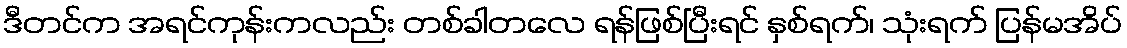
ဒီတင်က အရင်ကုန်းကလည်း တစ်ခါတလေ ရန်ဖြစ်ပြီးရင် နှစ်ရက်၊ သုံးရက် ပြန်မအိပ်